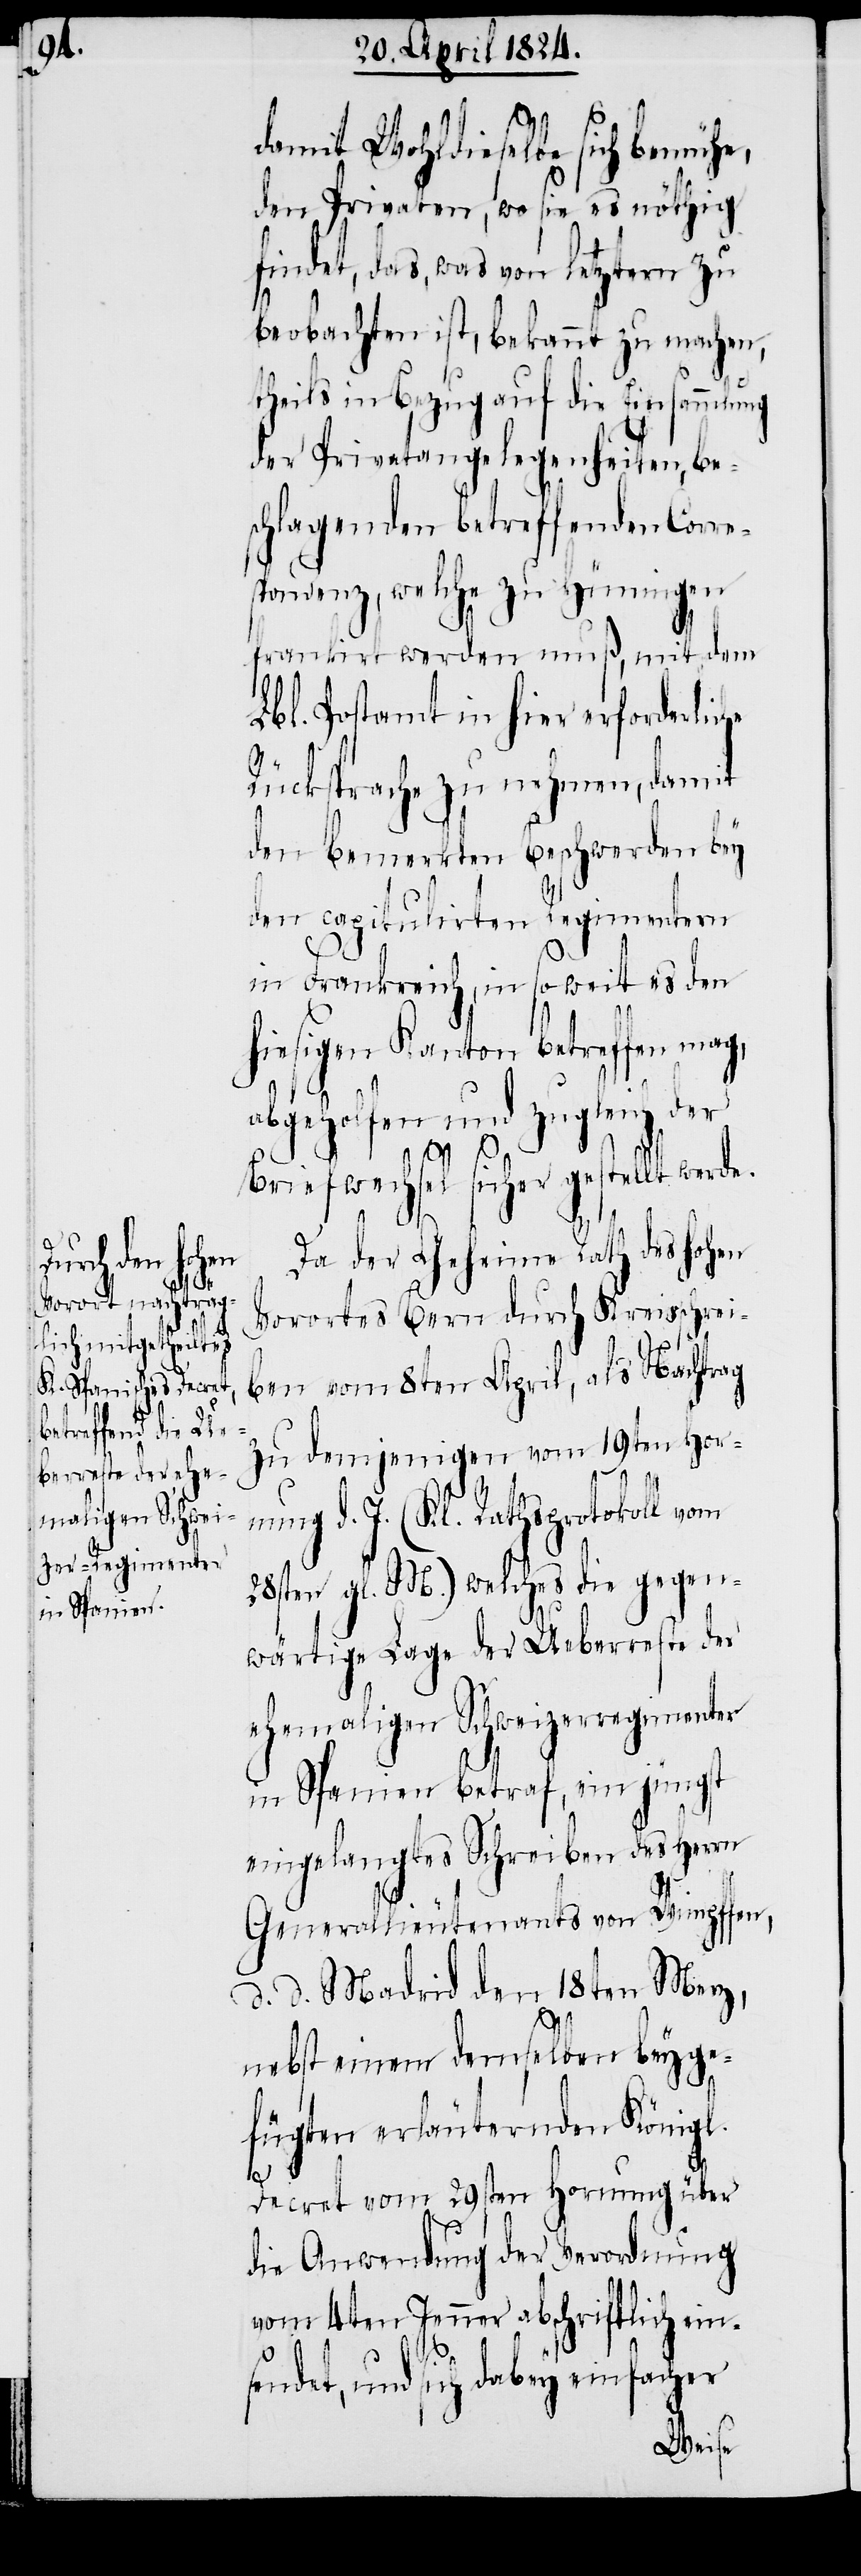
damit Wohldieselbe sich bemühe,
den Privaten, wo sie es nöthig
findet, das, was von letztern zu
beobachten ist, bekannt zu machen,
theils in Bezug auf die Einsammlung
der Privatangelegenheiten, be¬
schlagenden betreffende Corre¬
spondenz, welche zu Hüningen
frankirt werden muß, mit dem
Lbl. Postamt in hier erforderlic¬
Rücksprache zu nehmen, damit
den bemerkten Beschwerden bey
den capitulirten Regimentern
in Frankreich, in so weit es den
hiesigen Kanton betreffen mag,
abgeholfen und zugleich der
he
Briefwechsel sicher gestellt werde.
Da der Geheime Rath des hohen
Vorortes Bern durch Kreisschrei¬
ben vom 8ten April, als Nachtrag
zu denjenigen vom 19ten Hor¬
nung d. J. (Kl. Rathsprotokoll vom
28sten gl. M. ) welches die gegen¬
wärtige Lage der Ueberreste der
ehemaligen Schweizerregimenter
in Spanien betraf, ein jüngst
eingelangtes Schreiben des Herrn
Generallieutenants von Wimpffen,
d. d. Madrid den 18ten Merz,
nebst einem demselben beyge¬
fügten erläuternden Königl.
sendet,
Decret vom 29sten Hornung über
die Anwendung der Verordnung
vom 4ten Jenner abschriftlich ein¬
und sich dabey einfacher